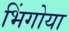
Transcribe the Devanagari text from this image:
भिंगोया